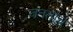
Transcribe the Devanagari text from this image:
जनताच